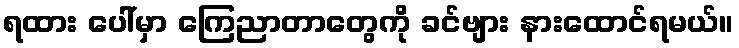
ရထား ပေါ်မှာ ကြေညာတာတွေကို ခင်ဗျား နားထောင်ရမယ်။